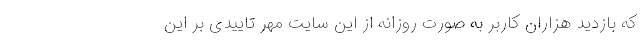
که بازدید هزاران کاربر به صورت روزانه از این سایت مهر تاییدی بر این